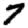
Digit: 7